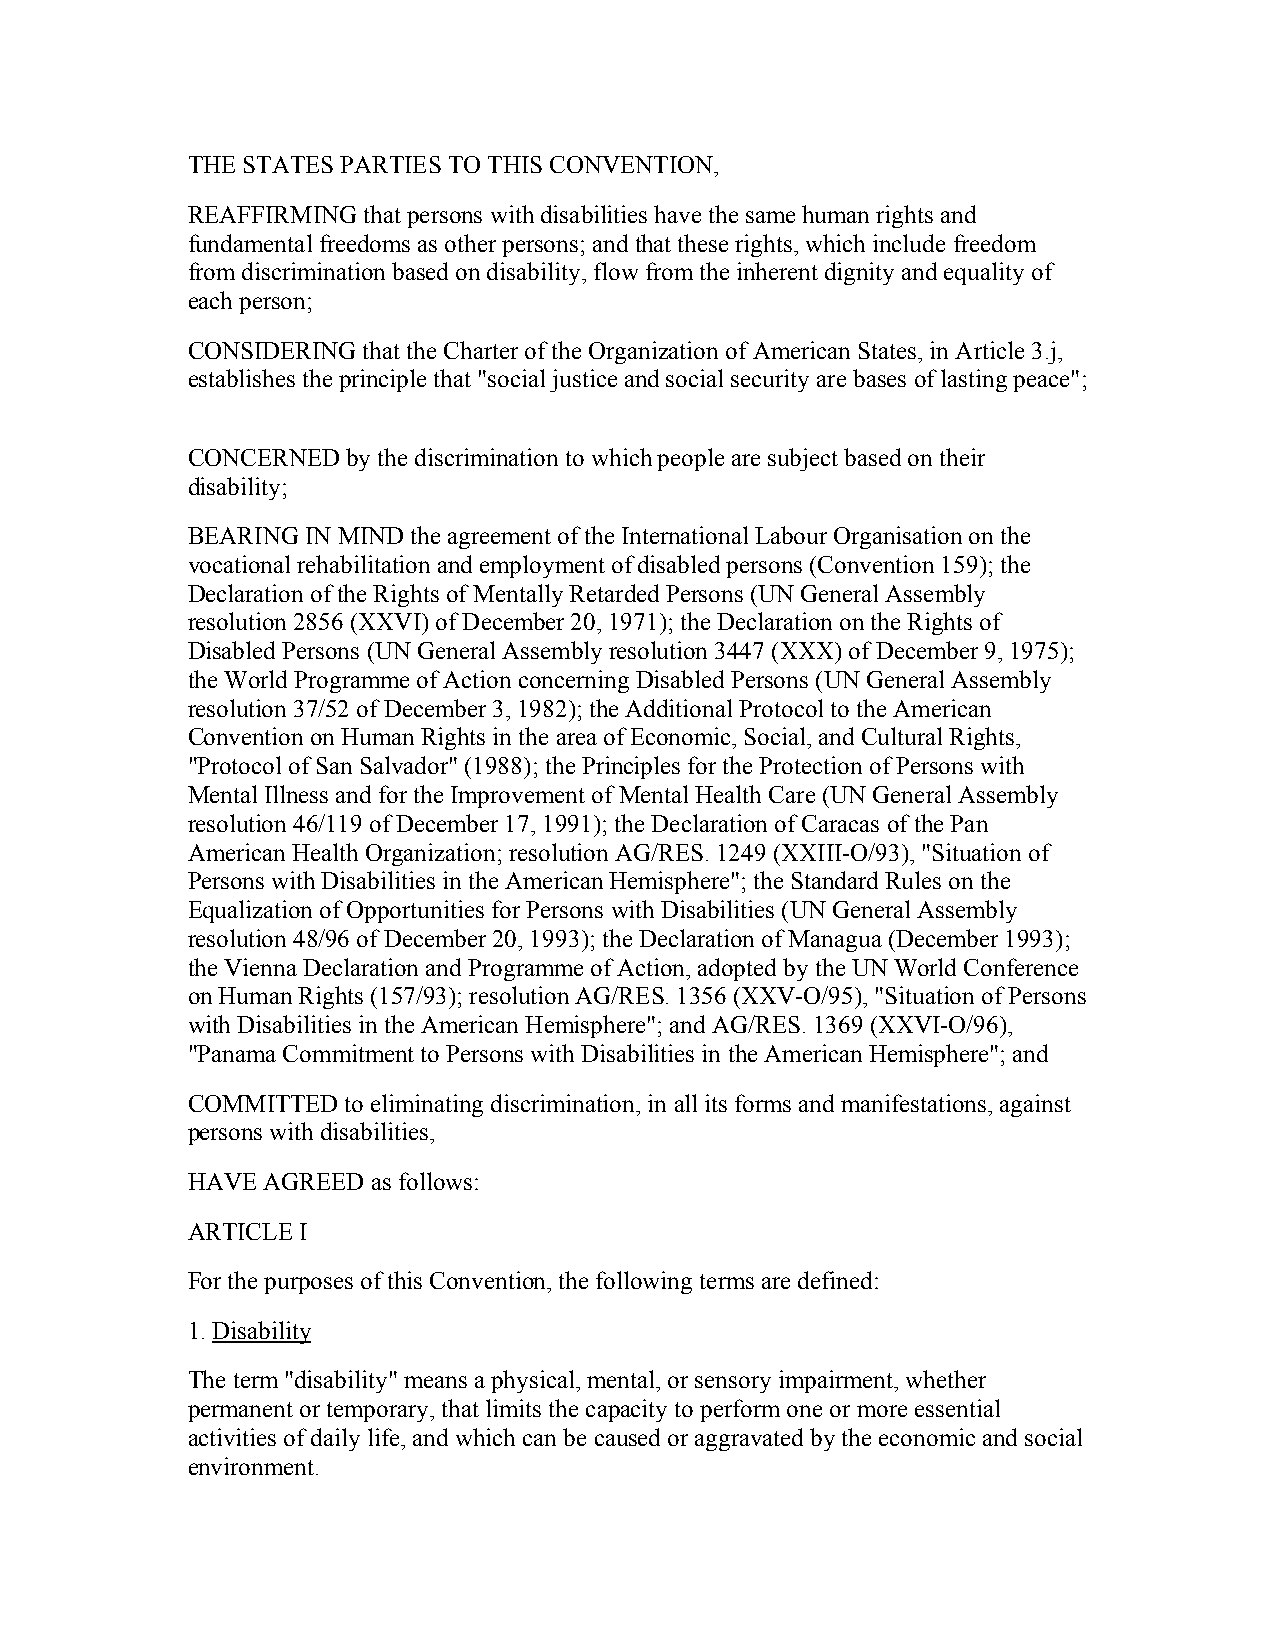
THE STATES PARTIES TO THIS CONVENTION,
 REAFFIRMING that persons with disabilities have the same human rights and
 fundamental freedoms as other persons; and that these rights, which include freedom
 from discrimination based on disability, flow from the inherent dignity and equality of
 each person;
 CONSIDERING that the Charter of the Organization of American States, in Article 3.j,
 establishes the principle that "social justice and social security are bases of lasting peace";
 CONCERNED  by the discrimination to which people are subject based on their
 disability;
 BEARING IN MIND the agreement of the International Labour Organisation on the
 vocational rehabilitation and employment of disabled persons (Convention 159); the
 Declaration of the Rights of Mentally Retarded Persons (UN General Assembly
 resolution 2856 (XXVI) of December 20, 1971); the Declaration on the Rights of
 Disabled Persons (UN General Assembly resolution 3447 (XXX) of December 9, 1975);
 the World Programme of Action concerning Disabled Persons (UN General Assembly
 resolution 37/52 of December 3, 1982); the Additional Protocol to the American
 Convention on Human Rights in the area of Economic, Social, and Cultural Rights,
 "Protocol of San Salvador" (1988); the Principles for the Protection of Persons with
 Mental Illness and for the Improvement of Mental Health Care (UN General Assembly
 resolution 46/119 of December 17, 1991); the Declaration of Caracas of the Pan
 American Health Organization; resolution AG/RES. 1249 (XXIII-O/93), "Situation of
 Persons with Disabilities in the American Hemisphere"; the Standard Rules on the
 Equalization of Opportunities for Persons with Disabilities (UN General Assembly
 resolution 48/96 of December 20, 1993); the Declaration of Managua (December 1993);
 the Vienna Declaration and Programme of Action, adopted by the UN World Conference
 on Human Rights (157/93); resolution AG/RES. 1356 (XXV-O/95), "Situation of Persons
 with Disabilities in the American Hemisphere"; and AG/RES. 1369 (XXVI-O/96),
 "Panama Commitment to Persons with Disabilities in the American Hemisphere"; and
 COMMITTED  to eliminating discrimination, in all its forms and manifestations, against
 persons with disabilities,
 HAVE AGREED  as follows:
 ARTICLE I
 For the purposes of this Convention, the following terms are defined:
 1. Disability
 The term "disability" means a physical, mental, or sensory impairment, whether
 permanent or temporary, that limits the capacity to perform one or more essential
 activities of daily life, and which can be caused or aggravated by the economic and social
 environment.